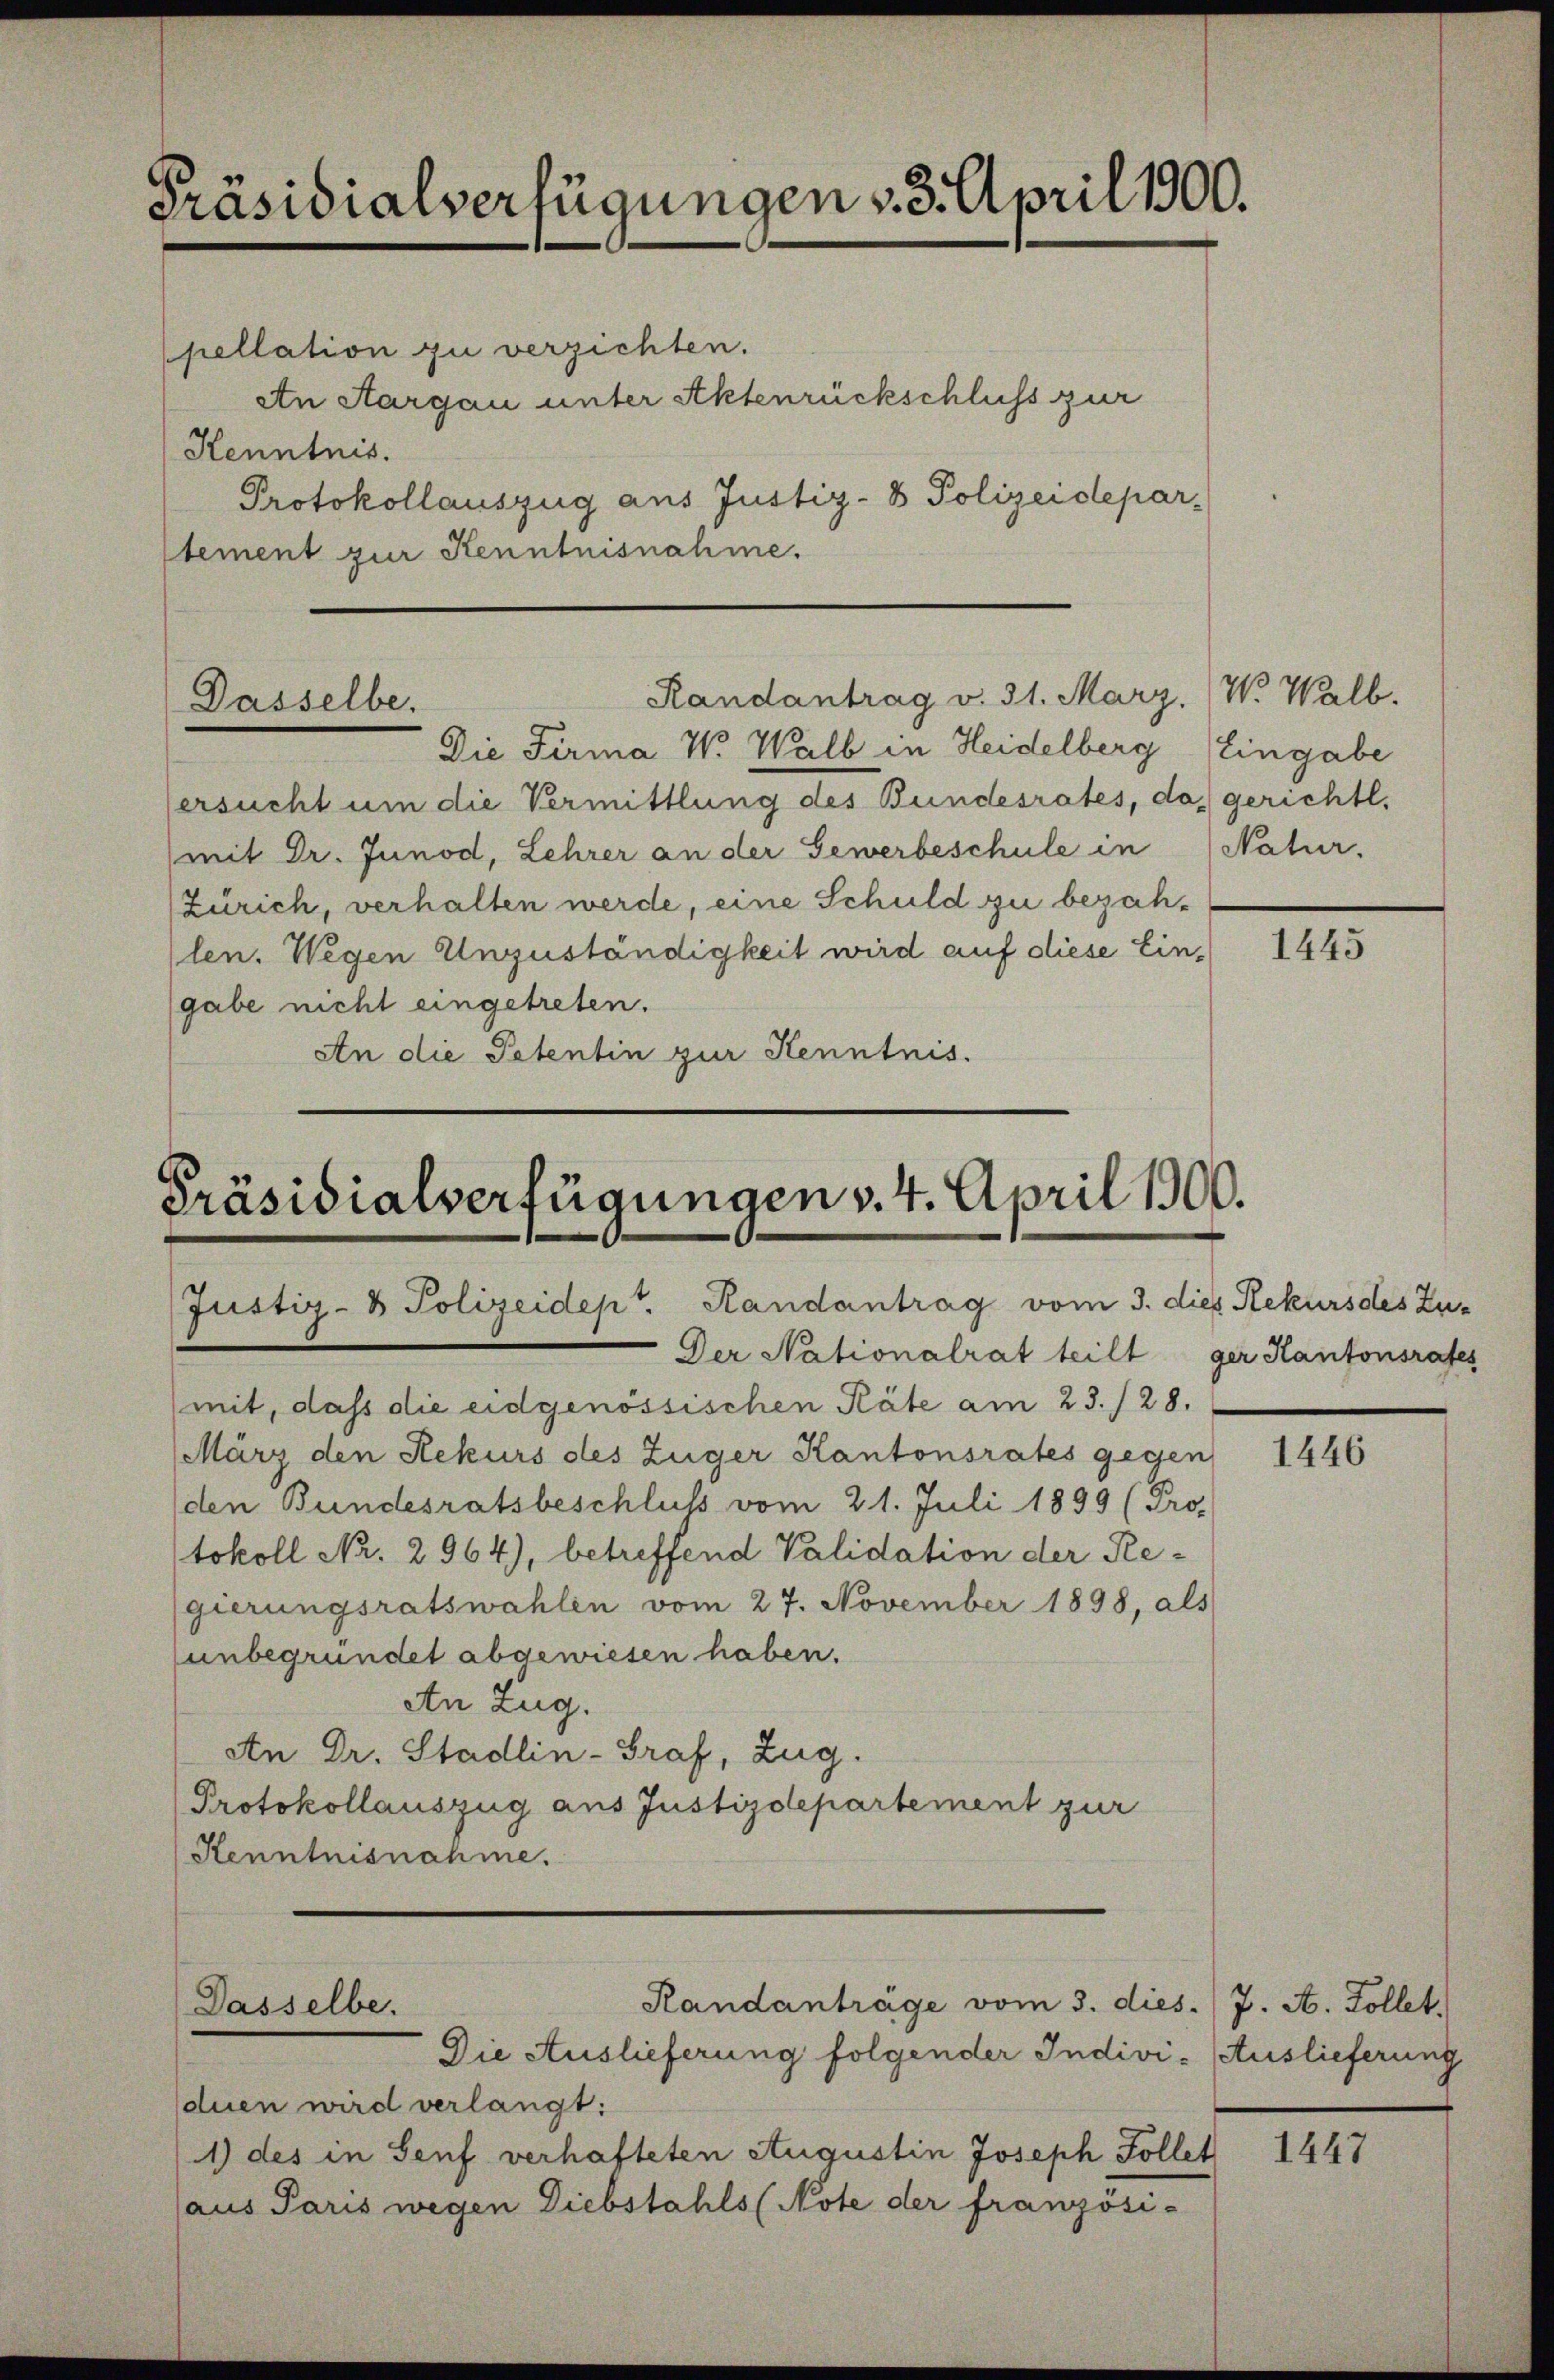
Präsidialverfügungen v. 3. April 1900.

pellation zu verzichten.
An Aargau unter Aktenrückschluss zur
Kenntnis.
Protokollauszug aus Justiz- & Polizeidepar-
tement zur Kenntnisnahme.

Randantrag v. 31. März. W. Walb.
Dasselbe.

Präsidialverfügungen v. 4. April 1900.
Justiz- & Polizeidept. Randantrag vom 3. dies Rekurs des Zu¬

Die Firma W. Walb in Heidelberg Eingabe
ersucht um die Vermittlung des Bundesrates, da gerichtl.
mit Dr. Junod, Lehrer an der Gewerbeschule in Natur.
Zürich, verhalten werde, eine Schuld zu bezahlen. Wegen Unzuständigkeit wird auf diese Eingabe nicht eingetreten.
An die Petentin zur Kenntnis.

Randanträge vom 3. dies. J. A. Follet.
Dasselbe.

Der Nationalrat teilt
mit, dass die eidgenössischen Räte am 23./28.
März den Rekurs des Zuger Kantonsrates gegen
den Bundesratsbeschluss vom 21. Juli 1899 (Prof
tokoll Nr. 2964), betreffend Validation der Re-
gierungsratswahlen vom 27. November 1898, als
unbegründet abgewiesen haben.
An Zug.
An Dr. Stadlin-Graf, Zug.
Protokollauszug aus Justizdepartement zur
Kenntnisnahme.

Die Auslieferung folgender Indivi- Auslieferung
duen wird verlangt:
1) des in Senf verhafteten Augustin Joseph Follet
aus Paris wegen Diebstahls (Note der französi-

1445

ger Kantonsrates

1446

1447